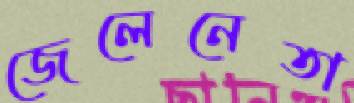
জেলেনেতা